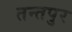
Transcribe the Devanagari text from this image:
तन्तपुर